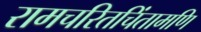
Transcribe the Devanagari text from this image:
रामचरितचिंतामणि